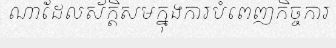
ណាដែលស័ក្តិសមក្នុងការបំពេញកិច្ចការ